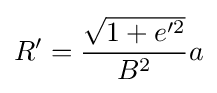
R'={\frac {\sqrt {1+e'^{2}}}{B^{2}}}a